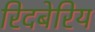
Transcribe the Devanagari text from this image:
रिदबेरिय